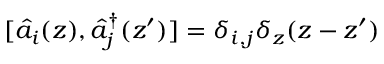
[ \hat { a } _ { i } ( z ) , \hat { a } _ { j } ^ { \dagger } ( z ^ { \prime } ) ] = \delta _ { i , j } \delta _ { z } ( z - z ^ { \prime } )